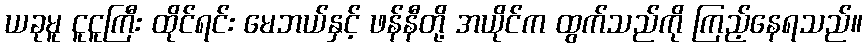
ယခုမူ ငူငူကြီး ထိုင်ရင်း မေဘယ်နှင့် ဖန်နီတို့ အယိုင်က ထွက်သည်ကို ကြည့်နေရသည်။